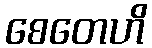
စေတေဟိ